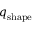
q _ { \mathrm { s h a p e } }